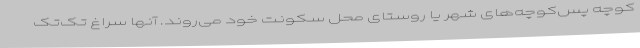
کوچه پس‌کوچه‌های شهر یا روستای محل سکونت خود می‌روند. آنها سراغ تک‌تک